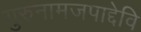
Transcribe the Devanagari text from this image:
गुरुनामजपाद्देवि